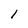
Character: 1